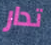
تدار